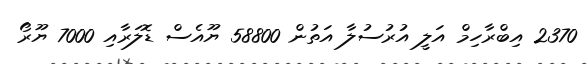
2370 އިބްރާހިމް އަލީ އުރުސުލާ އަތުން 58800 ޔޫއެސް ޑޮލަރާއި 7000 ޔޫރޯ